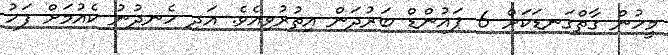
މީހުން ގާތްގަނޑަކަށް 6 ޕައުންޑް ބަރުދަން އިތުރުވިއެވެ. އަދި ހެނދުނު ކެއުމަށް ފަހު